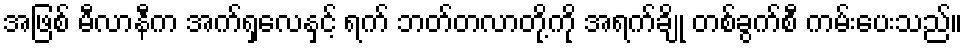
အဖြစ် မီလာနီက အက်ရှလေနှင့် ရက် ဘတ်တလာတို့ကို အရက်ချို တစ်ခွက်စီ ကမ်းပေးသည်။